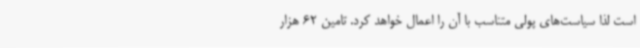
است لذا سیاست‌های پولی متناسب با آن را اعمال خواهد کرد. تامین 62 هزار